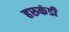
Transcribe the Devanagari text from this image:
हरुकंडी